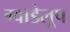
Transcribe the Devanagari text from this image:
ग्वाडेलूप